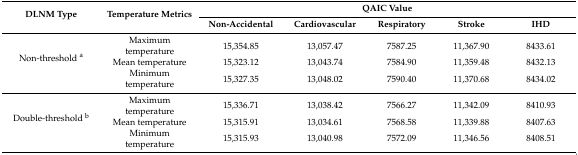
<table><thead><tr><td rowspan="2"><b>DLNM Type</b></td><td rowspan="2"><b>Temperature Metrics</b></td><td colspan="5"><b>QAIC Value</b></td></tr><tr><td><b>Non-Accidental</b></td><td><b>Cardiovascular</b></td><td><b>Respiratory</b></td><td><b>Stroke</b></td><td><b>IHD</b></td></tr></thead><tbody><tr><td rowspan="3">Non-threshold <sup>a</sup></td><td>Maximum temperature</td><td>15,354.85</td><td>13,057.47</td><td>7587.25</td><td>11,367.90</td><td>8433.61</td></tr><tr><td>Mean temperature</td><td>15,323.12</td><td>13,043.74</td><td>7584.90</td><td>11,359.48</td><td>8432.13</td></tr><tr><td>Minimum temperature</td><td>15,327.35</td><td>13,048.02</td><td>7590.40</td><td>11,370.68</td><td>8434.02</td></tr><tr><td rowspan="3">Double-threshold <sup>b</sup></td><td>Maximum temperature</td><td>15,336.71</td><td>13,038.42</td><td>7566.27</td><td>11,342.09</td><td>8410.93</td></tr><tr><td>Mean temperature</td><td>15,315.91</td><td>13,034.61</td><td>7568.58</td><td>11,339.88</td><td>8407.63</td></tr><tr><td>Minimum temperature</td><td>15,315.93</td><td>13,040.98</td><td>7572.09</td><td>11,346.56</td><td>8408.51</td></tr></tbody></table>